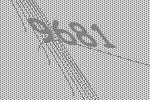
9681